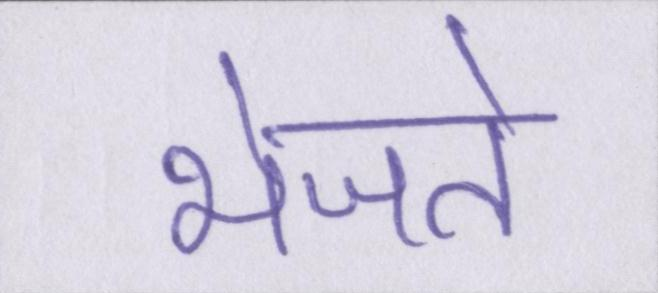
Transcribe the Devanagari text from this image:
भेजते